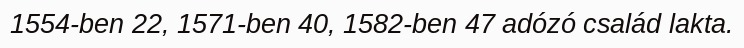
1554-ben 22, 1571-ben 40, 1582-ben 47 adózó család lakta.